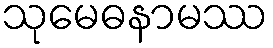
သုမေဓနာမဿ